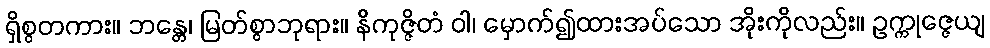
ရှိစွတကား။ ဘန္တေ၊ မြတ်စွာဘုရား။ နိကုဇ္ဇိတံ ဝါ၊ မှောက်၍ထားအပ်သော အိုးကိုလည်း။ ဥက္ကုဇ္ဇေယျ